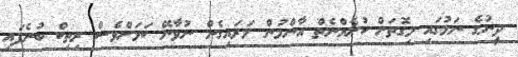
ދީނުގެ ނަމުގައި މިގޮތަށް ކުށެއްނެތް އާންމުން މަރައިގެން ނުވާނޭ ކަމަށްވެސް ރިތިކް ބުނެފައި